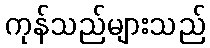
ကုန်သည်များသည်